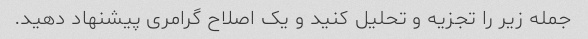
جمله زیر را تجزیه و تحلیل کنید و یک اصلاح گرامری پیشنهاد دهید.